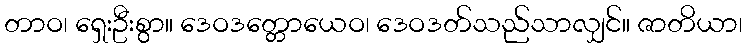
တာဝ၊ ရှေးဦးစွာ။ ဒေဝဒတ္တောယေဝ၊ ဒေဝဒတ်သည်သာလျှင်။ ဇာတိယာ၊